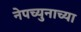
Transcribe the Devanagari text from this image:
नेपच्युनाच्या